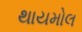
થાયમોલ